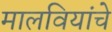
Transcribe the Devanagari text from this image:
मालवियांचे